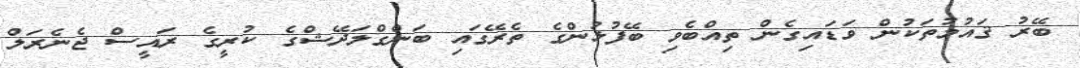
ބޭރު ޤައުމުތަކުން ވަޑައިގެން ތިއްބެވި ބޭފުޅުންގެ ތެރޭގައި ބަންގްލަދޭޝްގެ ކުރީގެ ރައީސް ޖެނެރަލް